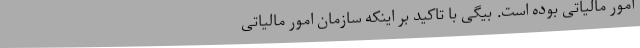
امور مالیاتی بوده است. بیگی با تاکید بر اینکه سازمان امور مالیاتی